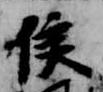
侯